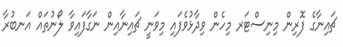
ޗައިނާގެ ފޮރިން މިނިސްޓަރ މިހެން ވިދާޅުވެފައި މިވަނީ ޗައިނާއިން ނަގާފައިވާ ލޯނުތައް އަނބުރާ